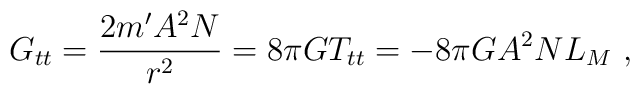
G_{tt}=\frac{2m'A^2N}{r^2}=8\pi G T_{tt}=-8\pi GA^2NL_M\ ,